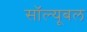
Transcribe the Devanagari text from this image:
सॉल्यूबल